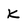
Character: K